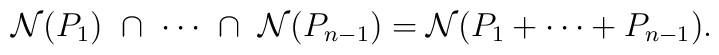
{\cal N}( P_1)\ \cap\  \cdots \ \cap \ {\cal N}(P_{n-1}) ={\cal N}( P_1+\cdots + P_{n-1}).